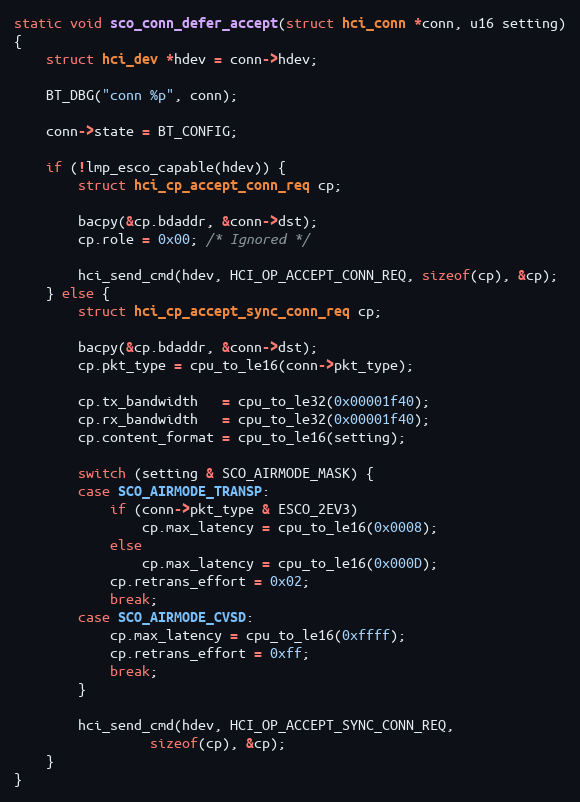
Language: C
static void sco_conn_defer_accept(struct hci_conn *conn, u16 setting)
{
	struct hci_dev *hdev = conn->hdev;

	BT_DBG("conn %p", conn);

	conn->state = BT_CONFIG;

	if (!lmp_esco_capable(hdev)) {
		struct hci_cp_accept_conn_req cp;

		bacpy(&cp.bdaddr, &conn->dst);
		cp.role = 0x00; /* Ignored */

		hci_send_cmd(hdev, HCI_OP_ACCEPT_CONN_REQ, sizeof(cp), &cp);
	} else {
		struct hci_cp_accept_sync_conn_req cp;

		bacpy(&cp.bdaddr, &conn->dst);
		cp.pkt_type = cpu_to_le16(conn->pkt_type);

		cp.tx_bandwidth   = cpu_to_le32(0x00001f40);
		cp.rx_bandwidth   = cpu_to_le32(0x00001f40);
		cp.content_format = cpu_to_le16(setting);

		switch (setting & SCO_AIRMODE_MASK) {
		case SCO_AIRMODE_TRANSP:
			if (conn->pkt_type & ESCO_2EV3)
				cp.max_latency = cpu_to_le16(0x0008);
			else
				cp.max_latency = cpu_to_le16(0x000D);
			cp.retrans_effort = 0x02;
			break;
		case SCO_AIRMODE_CVSD:
			cp.max_latency = cpu_to_le16(0xffff);
			cp.retrans_effort = 0xff;
			break;
		}

		hci_send_cmd(hdev, HCI_OP_ACCEPT_SYNC_CONN_REQ,
			     sizeof(cp), &cp);
	}
}